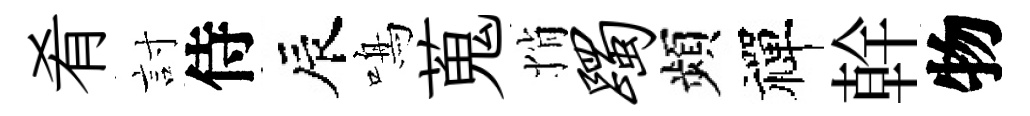
肴討侍辰鳴蒐悄躅頻禪幹物